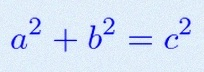
a^2+b^2=c^2